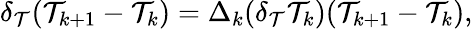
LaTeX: \delta_{\mathcal{T}}(\mathcal{T}_{k+1}-\mathcal{T}_{k})=\Delta_{k}(\delta_{\mathcal{T}}\mathcal{T}_{k})(\mathcal{T}_{k+1}-\mathcal{T}_{k}),